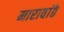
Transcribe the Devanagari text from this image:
मारावांठे